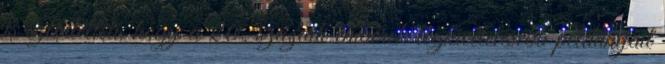
is szemlélteti, hogy a 20. századi emberek legkivételesebb példányait